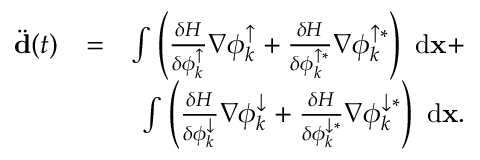
\begin{array} { r l r } { \ddot { \bf d } ( t ) } & { = } & { \int { \left( \frac { \delta H } { \delta \phi _ { k } ^ { \uparrow } } \nabla \phi _ { k } ^ { \uparrow } + \frac { \delta H } { \delta \phi _ { k } ^ { \uparrow * } } \nabla \phi _ { k } ^ { \uparrow * } \right) \ \mathrm { d } { \bf x } } + } \\ & { } & { \int { \left( \frac { \delta H } { \delta \phi _ { k } ^ { \downarrow } } \nabla \phi _ { k } ^ { \downarrow } + \frac { \delta H } { \delta \phi _ { k } ^ { \downarrow * } } \nabla \phi _ { k } ^ { \downarrow * } \right) \ \mathrm { d } { \bf x } } . } \end{array}